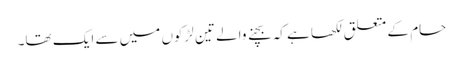
حام کے متعلق لکھا ہے کہ بچنے والے تین لڑکوں میں سے ایک تھا۔